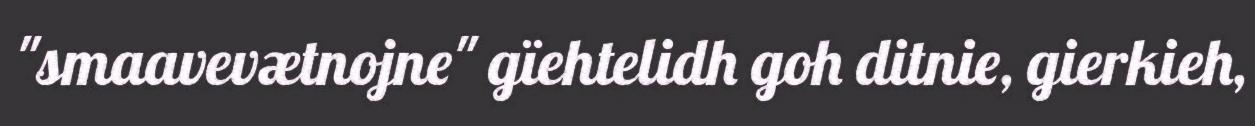
"smaavevætnojne" gïehtelidh goh ditnie, gierkieh,